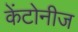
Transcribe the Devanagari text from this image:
केंटोनीज